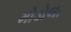
મોડોલો